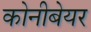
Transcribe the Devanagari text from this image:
कोनीबेयर